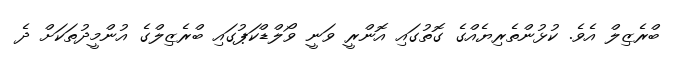
ބްރެޒިލް އެވެ. ކުޅުންތެރިޔެއްގެ ގޮތުގައި އޮންރީ ވަނީ ވޯލްޑްކަޕުގައި ބްރެޒިލްގެ އުންމީދުތަކަށް ދެ